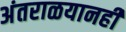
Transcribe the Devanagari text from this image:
अंतराळयानही